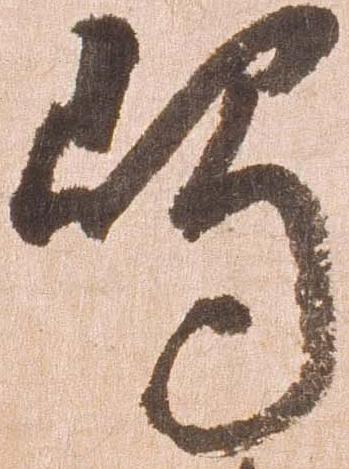
嶋